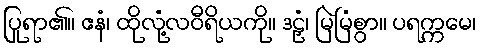
ပြုရာ၏။ ဧနံ၊ ထိုလုံ့လဝီရိယကို။ ဒဠှံ၊ မြဲမြံစွာ။ ပရက္ကမေ၊